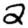
Digit: 2